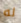
له